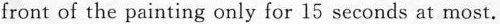
front of the painting only for 15 seconds at most.